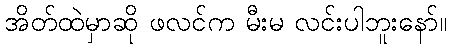
အိတ်ထဲမှာဆို ဖလင်က မီးမ လင်းပါဘူးနော်။